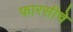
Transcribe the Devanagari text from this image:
फारसीचे